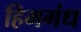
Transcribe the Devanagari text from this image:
हिमगंध